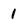
Character: 1